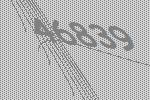
46839